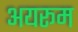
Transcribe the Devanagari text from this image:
अयरूम